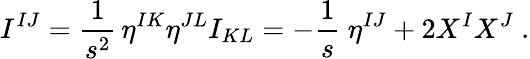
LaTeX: I^{IJ}=\frac{1}{s^{2}}\, \eta^{IK}\eta^{JL}I_{KL}=-\frac 1s\ \eta^{IJ}+2X^{I}X^{J}\ .